Annual administration report of the Civil Veterinary Department of India - 1893-1894
Year: 1893
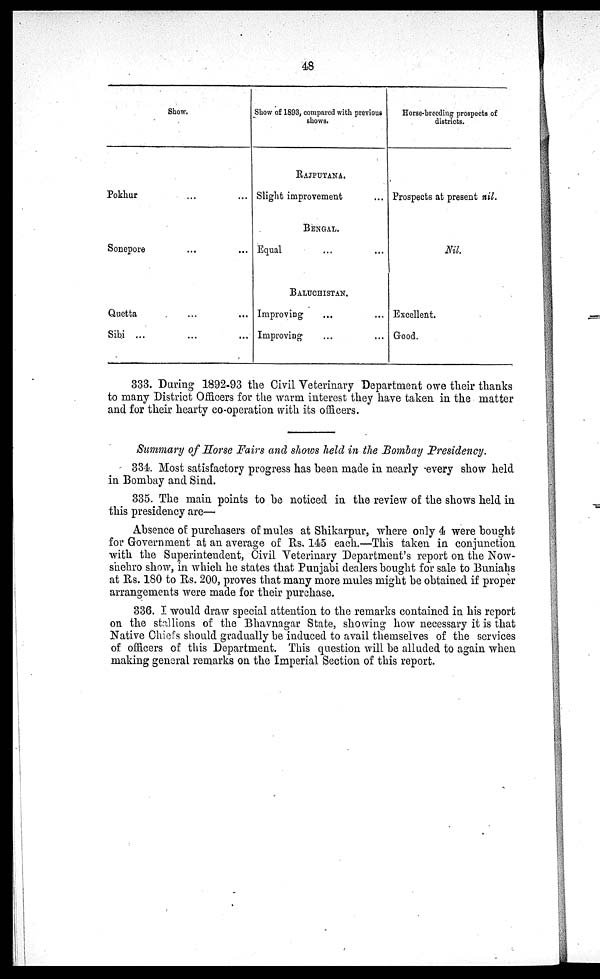
48
Show.
Pokhur
... ...
Sonepore
... ...
Quetta
... ...
Sibi ...... ...
Show of 1893, compared with previous
shows.
RAJPUNA.
Slight improvement ...
BENGAL.
Equal ... ...
BALUCHISTAN.
Improving ... ...
Improving ... ...
Horse-breeding prospects of
districts.
Prospects at present nil.
Nil.
Excellent.
Good.
333. During 1892-93 the Civil Veterinary Department owe their thanks
to many District Officers for the warm interest they have taken in the matter
and for their hearty co-operation with its officers.
Summary of Horse Fairs and shows held in the Bombay Presidency.
334. Most satisfactory progress has been made in nearly every show held
in Bombay and Sind.
335. The main points to be noticed in the review of the shows held in
this presidency are—
Absence of purchasers of mules at Shikarpur, where only 4 were bought
for Government at an average of Rs. 145 each.—This taken in conjunction
with the Superintendent, Civil Veterinary Department's report on the Now-
shehro show, in which he states that Punjabi dealers bought for sale to Buniahs
at Rs. 180 to Rs. 200, proves that many more mules might be obtained if proper
arrangements were made for their purchase.
336. I would draw special attention to the remarks contained in his report
on the stallions of the Bhavnagar State, showing how necessary it is that
Native Chiefs should gradually be induced to avail themselves of the services
of officers of this Department. This question will be alluded to again when
making general remarks on the Imperial Section of this report.